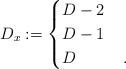
LaTeX: \begin{align*} D_x:=\begin{cases} D-2 & \\ D-1 & \\ D & \,. \end{cases}\end{align*}